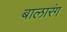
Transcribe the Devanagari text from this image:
बालारंग